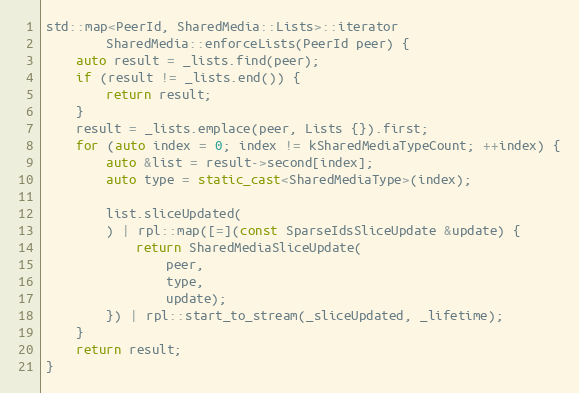
Language: C++
std::map<PeerId, SharedMedia::Lists>::iterator
		SharedMedia::enforceLists(PeerId peer) {
	auto result = _lists.find(peer);
	if (result != _lists.end()) {
		return result;
	}
	result = _lists.emplace(peer, Lists {}).first;
	for (auto index = 0; index != kSharedMediaTypeCount; ++index) {
		auto &list = result->second[index];
		auto type = static_cast<SharedMediaType>(index);

		list.sliceUpdated(
		) | rpl::map([=](const SparseIdsSliceUpdate &update) {
			return SharedMediaSliceUpdate(
				peer,
				type,
				update);
		}) | rpl::start_to_stream(_sliceUpdated, _lifetime);
	}
	return result;
}